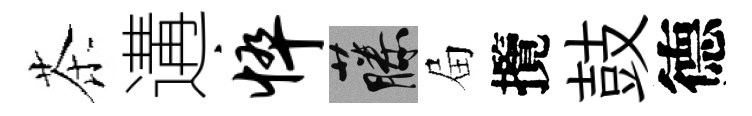
茶遘悴藤屇攬鼓德